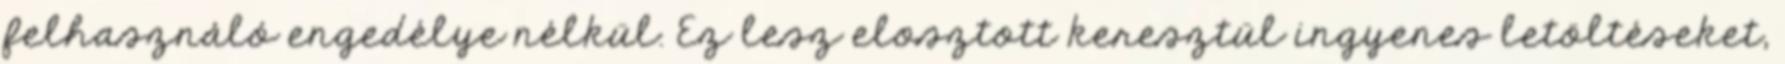
felhasználó engedélye nélkül. Ez lesz elosztott keresztül ingyenes letöltéseket,